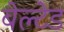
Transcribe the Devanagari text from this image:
बेल्टेड